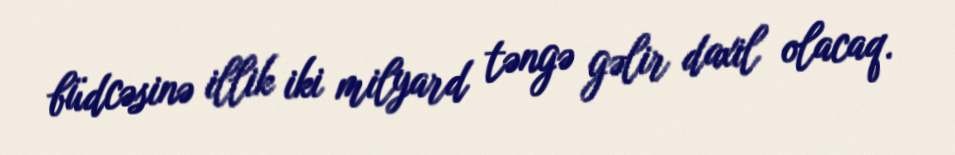
büdcəsinə illik iki milyard təngə gəlir daxil olacaq.